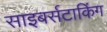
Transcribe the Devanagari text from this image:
साइबर्सटाकिंग